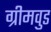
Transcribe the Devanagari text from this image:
ग्रीमवुड